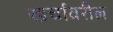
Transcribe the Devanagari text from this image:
खर्चावरील